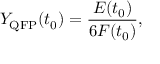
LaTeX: Y _ { \mathrm { Q F P } } ( t _ { 0 } ) = \frac { E ( t _ { 0 } ) } { 6 F ( t _ { 0 } ) } ,